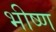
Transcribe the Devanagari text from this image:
भीष्ण